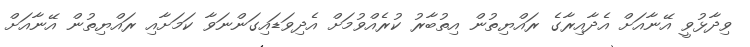
ވިދާޅުވީ އޭނާއަށް އެދާއިރާގެ ރައްޔިތުން އިތުބާރު ކުރެއްވުމަށް އެދިވަޑައިގަންނަވާ ކަމަށާއި ރައްޔިތުން އޭނާއަށް